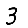
Digit: 3